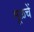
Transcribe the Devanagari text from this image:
मूळचें